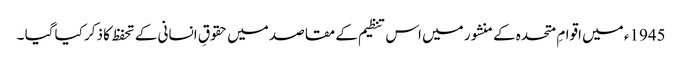
1945ء میں اقوامِ متحدہ کے منشور میں اس تنظیم کے مقاصد میں حقوقِ انسانی کے تحفظ کا ذکر کیا گیا ۔